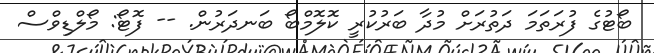
ބޯޓުގެ ފުރަތަމަ ދަތުރަށް މުދާ ބަރުކުރީ ކޮލޮމްބޯ ބަނދަރުން. -- ފޮޓޯ: މޯލްޑިވްސް